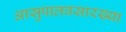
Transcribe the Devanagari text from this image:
आसुपालवसारख्या